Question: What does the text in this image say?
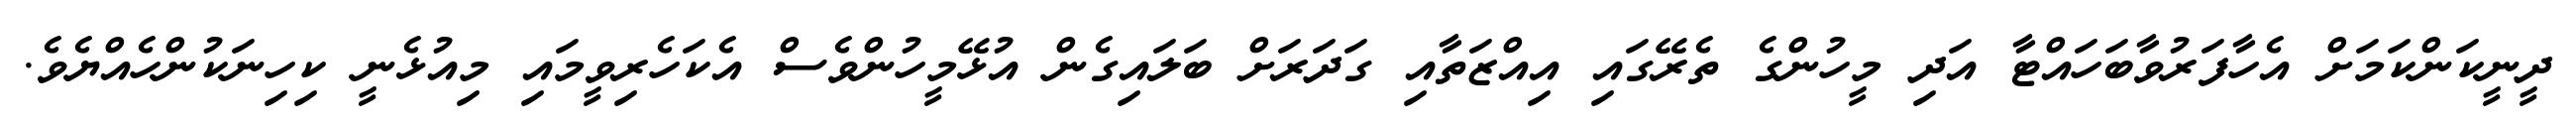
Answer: ދީނީކަންކަމަށް އެހާފަރުވާބަހައްޓާ އަދި މީހުންގެ ތެރޭގައި އިއްޒަތާއި ގަދަރަށް ބަލައިގެން އުޅޭމީހުންވެސް އެކަހެރިވީމައި މިއުޅެނީ ކިހިނަކުންހެއްޔެވެ.